Annual report of the Imperial Bacteriologist
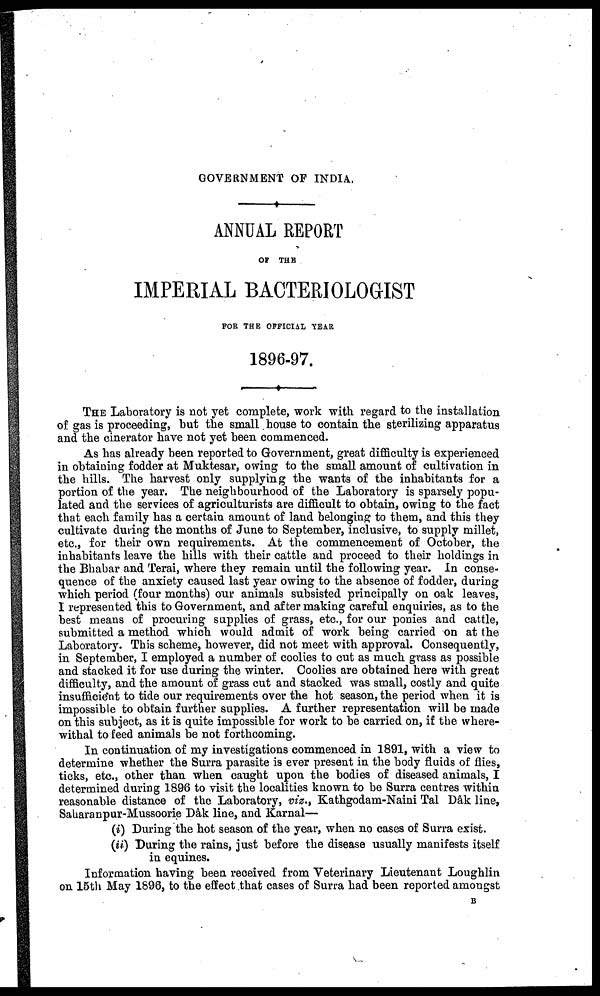
GOVERNMENT OF INDIA.
ANNUAL REPORT
OF THE
IMPERIAL BACTERIOLOGIST
FOR THE OFFICIAL YEAR
1896-97.
THE Laboratory is not yet complete, work with regard to the installation
of gas is proceeding, but the small house to contain the sterilizing apparatus
and the cinerator have not yet been commenced.
As has already been reported to Government, great difficulty is experienced
in obtaining fodder at Muktesar, owing to the small amount of cultivation in
the hills. The harvest only supplying the wants of the inhabitants for a
portion of the year. The neighbourhood of the Laboratory is sparsely popu-
lated and the services of agriculturists are difficult to obtain, owing to the fact
that each family has a certain amount of land belonging to them, and this they
cultivate during the months of June to September, inclusive, to supply millet,
etc., for their own requirements. At the commencement of October, the
inhabitants leave the hills with their cattle and proceed to their holdings in
the Bhabar and Terai, where they remain until the following year. In conse-
quence of the anxiety caused last year owing to the absence of fodder, during
which period (four months) our animals subsisted principally on oak leaves,
I represented this to Government, and after making careful enquiries, as to the
best means of procuring supplies of grass, etc., for our ponies and cattle,
submitted a method which would admit of work being carried on at the
Laboratory. This scheme, however, did not meet with approval. Consequently,
in September, I employed a number of coolies to cut as much grass as possible
and stacked it for use during the winter. Coolies are obtained here with great
difficulty, and the amount of grass cut and stacked was small, costly and quite
insufficient to tide our requirements over the hot season, the period when it is
impossible to obtain further supplies. A further representation will be made
on this subject, as it is quite impossible for work to be carried on, if the where-
withal to feed animals be not forthcoming.
In continuation of my investigations commenced in 1891, with a view to
determine whether the Surra parasite is ever present in the body fluids of flies,
ticks, etc., other than when caught upon the bodies of diseased animals, I
determined during 1896 to visit the localities known to be Surra centres within
reasonable distance of the Laboratory, viz., Kathgodam-Naini Tal Dâk line,
Saharanpur-Mussoorie Dâk line, and Karnal—
(i) During the hot season of the year, when no cases of Surra exist.
(ii) During the rains, just before the disease usually manifests itself
in equines.
Information having been received from Veterinary Lieutenant Loughlin
on 15th May 1896, to the effect that cases of Surra had been reported amongst
B